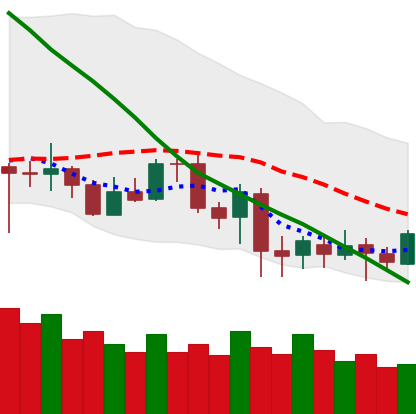
Ticker: LTC-USD
Chart end date: 2020-07-04
Forward return: 5.874%
Label: up_5_7